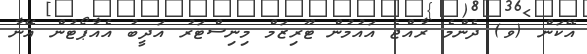
އޭކަން (ވ) ދެންމެ ރާއްޖެ އައުމުން ޓޫރިޒަމް މިނިސްޓަރު އަދީބު އެއާޕޯޓުން އޭނާ